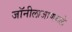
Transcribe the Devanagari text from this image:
जॉनीलाजाणवले